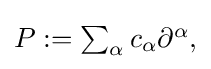
{\textstyle P:=\sum _{\alpha }c_{\alpha }\partial ^{\alpha },}